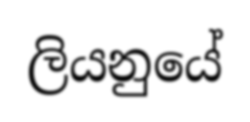
ලියනුයේ